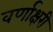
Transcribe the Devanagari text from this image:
वर्णाक्षरी